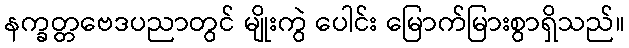
နက္ခတ္တဗေဒပညာတွင် မျိုးကွဲ ပေါင်း မြောက်မြားစွာရှိသည်။